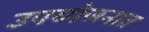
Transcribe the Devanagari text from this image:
उपयोजनात